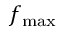
f _ { \mathrm { m a x } }